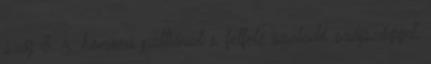
száj 8. r. homorú palliával s felfelé szaladó szájszöggel,